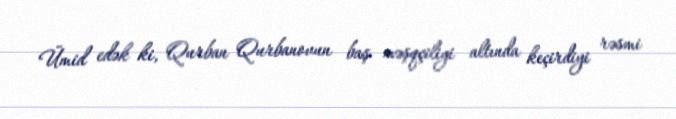
Ümid edək ki, Qurban Qurbanovun baş məşqçiliyi altında keçirdiyi rəsmi